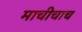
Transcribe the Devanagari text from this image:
माचीचाच